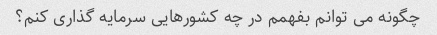
چگونه می توانم بفهمم در چه کشورهایی سرمایه گذاری کنم؟